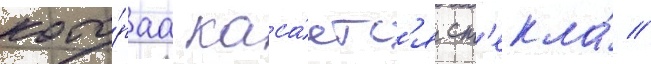
кото́раа каса́етс'я ст'екла́ //